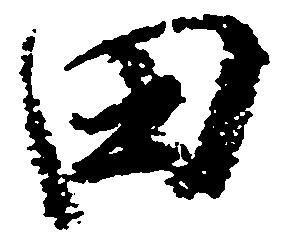
田